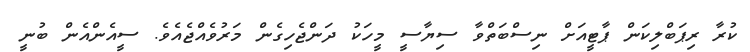
ކުރާ ރިޕަބްލިކަން ޕާޓީއަށް ނިސްބަތްވާ ސިޔާސީ މީހަކު ދަންޖެހިގެން މަރުވެއްޖެއެވެ. ސީއެންއެން ބުނީ